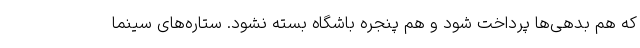
که هم بدهی‌ها پرداخت شود و هم پنجره باشگاه بسته نشود. ستاره‌های سینما